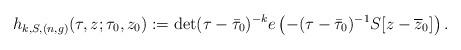
LaTeX: \begin{align*} h_{k,S,(n,g)}(\tau,z;\tau_0,z_0):=\det(\tau-\bar{\tau}_0)^{-k}e\left(-(\tau-\bar{\tau}_0)^{-1}S[z-\overline{z}_0]\right).\end{align*}